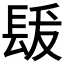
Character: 𨱳